Lunatic asylums in Bengal annual reports 1888-1898 - 1888-1898
Year: 1888
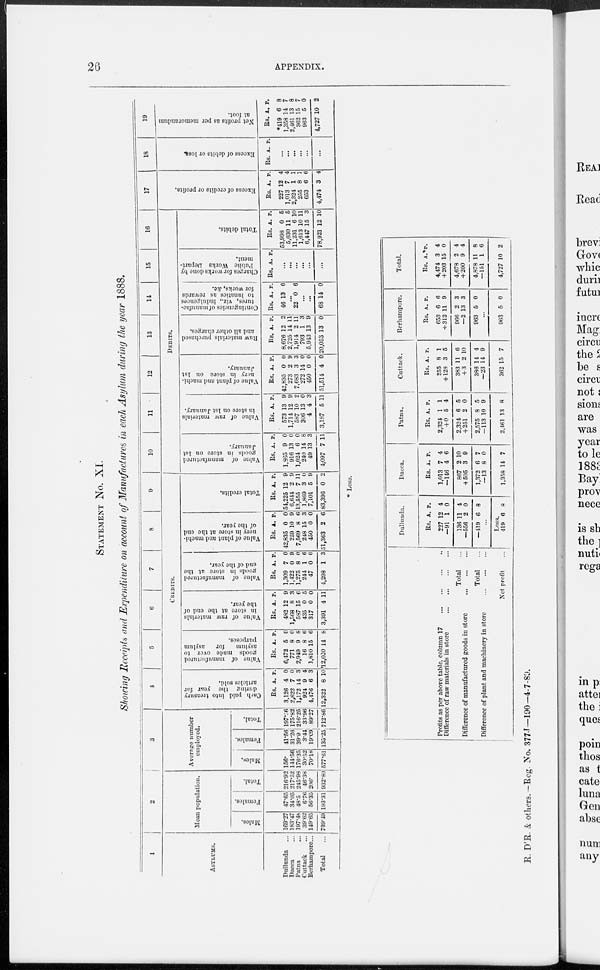
26
APPENDIX.
STATEMENT NO. XI.
Showing Receipts and Expenditure on account of Manufactures in each Asylum during the year 1888.
1
ASYLUM.
Dullunda
...
Dacca ...
Patna ...
Cuttack ...
Berhampore...
Total ...
2
Mean population.
Males.
169.27
183.47
197.48
39.62
149.65
739.49
Females.
47.65
34.05
48.5
6.76
56.35
193.31
Total.
216.92
217.52
245.98
46.38
206.
932.80
3
Average number
employed.
Males.
156.
144.56
176.35
30.52
70.18
577.61
Females.
41.56
31.26
39.9
3.44
19.09
135.25
Total.
197.56
175.82
216.25
33.96
89.27
712.86
4
5
6
7
8
9
CREDITS.
Cash paid into treasury
during the year for
articles sold.
Rs.
3,126
2,622
1,172
924
4,476
12,322
A.
1
7
14
9
6
8
P.
0
0
3
4
3
10
Value of manufactured
poods made over to
asylum
for
asylum
purposes.
Rs.
6.472
771
2,949
16
1,810
12,020
A.
5
8
9
8
15
14
P.
0
0
8
6
6
8
Value of raw materials
in store at the end of
the year.
Re.
482
1,568
587
435
317
3,391
A.
12
8
15
0
0
4
P.
9
3
6
5
0
11
Value of manufactured
goods in store at the
cud of the year.
Rs.
1,309
1,422
1,275
244
47
4,298
A.
7
0
8
1
0
1
P.
0
9
0
6
0
3
Value of plant and machi-
nery in store at the end
of the year.
Rs.
42,835
259
7,569
248
450
51,363
A.
0
10
8
15
0
2
P.
0
9
6
3
0
6
Total credits.
Rs.
54,225
6,614
13,555
1,869
7,101
83,396
A.
12
2
7
3
5
0
p.
9
9
11
0
9
2
10
11
12
13
14
15
16
DEBITS.
Value of manufactured
poods in store on 1st
January.
Rs.
1,865
916
1,024
240
49
4,097
A.
9
13
6
14
13
7
P.
0
0
0
8
3
11
Value of raw materials
in store on 1st January.
Rs.
573
1,714
587
306
4
3,137
A.
13
12
10
13
4
5
P.
9
9
2
0
3
11
Value of plant and machi-
ncry in store on 1st
January.
Rs.
42,835
273
7,683
272
450
51,514
A.
0
2
3
14
0
4
P.
0
9
3
0
0
0
Raw materials purchased
and all other charges.
Rs.
8.676
2,725
1,914
793
5,913
20,053
A.
12
14
2
1
13
13
P.
2
11
11
3
9
0
Contingencies of manufac-
tures, viz., indulgences
to lunatics as rewards
for works, &c.
Rs.
46
A.
13
P.
6
...
22 0 6
...
...
68 14 0
Charges for works done by
Public Works Depart-
ment.
Rs. A. P.
...
...
...
...
...
Total debits.
Rs.
53,998
5,630
11,231
1,613
6,447
78,921
A.
0
11
6
10
15
12
P.
5
5
10
11
3
10
17
Excess of credits or profits.
Rs.
227
1,013
2,324
255
653
4,474
A.
12
7
1
8
6
3
P.
4
4
1
1
6
4
18
Excess of debits or loss.
Rs. A. P.
...
...
...
...
...
...
19
Net profits as per memorandum
at foot.
Rs.
*419
1,358
2,461
362
963
4,727
A.
6
14
13
15
5
10
P.
8
7
8
7
0
2
* Loss.
Profits as per above table, column 17
...
...
...
...
Difference of raw materials in store
...
...
...
...
Total ...
Difference of manufactured poods in store
...
...
...
Total ...
Difference of plant and machinery in store
...
...
...
Net profit
...
Dullunda.
Rs.
227
—91
136
—556
—419
A.
12
1
11
2
6
P.
4
0
4
0
8
...
Loss.
419
6 8
Dacca.
Rs.
1,013
—146
867
+ 505
1,372
-13
1.358
A.
7
4
2
3
6
8
1
P.
4
6
10
9
7
0
7
Patna.
Rs.
2,324
+ 0
2,324
+ 251
2,575
-113
2,161
A.
1
5
6
2
8
10
13
P.
1
4
5
0
5
9
8
Cuttack.
Rs.
255
+ 128
383
+ 3
386
—23
362
A.
8
3
11
2
14
14
15
P.
1
5
6
10
4
9
7
Berhampore.
Rs.
653
+ 312
966
—2
963
A.
6
11
2
13
5
P.
6
9
3
3
0
...
963 5 0
Total.
Rs.
4,471
+ 203
4,678
+ 200
4,878
—151
4,727
A.
3
15
2
9
11
1
10
P.
4
0
4
4
8
6
2
R. D'R. & others.-Reg. No. 377J— 190-4-7-89.